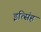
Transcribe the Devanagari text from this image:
इत्सिंह